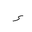
Letter: _hamza